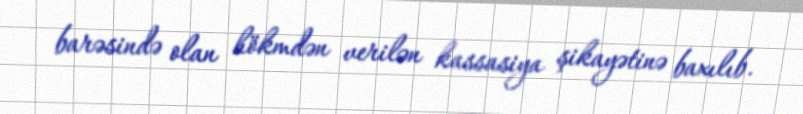
barəsində olan hökmdən verilən kassasiya şikayətinə baxılıb.